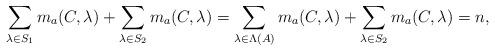
LaTeX: \begin{align*}\sum_{\lambda\in S_{1}}m_{a}(C,\lambda)+\sum_{\lambda\in S_{2}}m_{a}(C,\lambda)=\sum_{\lambda\in \Lambda(A)}m_{a}(C,\lambda)+\sum_{\lambda\in S_{2}}m_{a}(C,\lambda)=n,\end{align*}